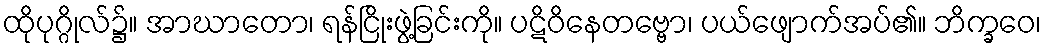
ထိုပုဂ္ဂိုလ်၌။ အာဃာတော၊ ရန်ငြိုးဖွဲ့ခြင်းကို။ ပဋိဝိနေတဗ္ဗော၊ ပယ်ဖျောက်အပ်၏။ ဘိက္ခဝေ၊